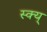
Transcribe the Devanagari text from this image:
स्क्य्